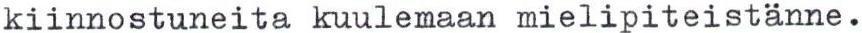
kiinnostuneita kuulemaan mielipiteistänne.